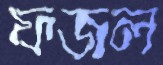
ফজল